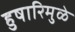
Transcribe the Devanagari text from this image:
हुषारिमुळे